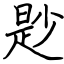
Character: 尟